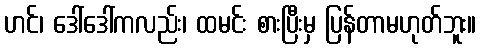
ဟင်၊ ဒေါ်ဒေါ်ကလည်း၊ ထမင်း စားပြီးမှ ပြန်တာမဟုတ်ဘူး။